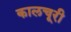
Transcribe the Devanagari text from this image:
कालचूरी